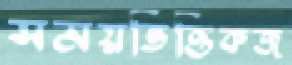
সময়ভিত্তিকজ